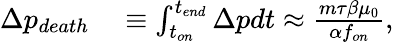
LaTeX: \begin{array}{rl}{\Delta p_{death}}&{{}\equiv\int_{t_{on}}^{t_{end}}\Delta pdt\approx\frac{m\tau\beta\mu_{0}}{\alpha f_{on}},}\end{array}